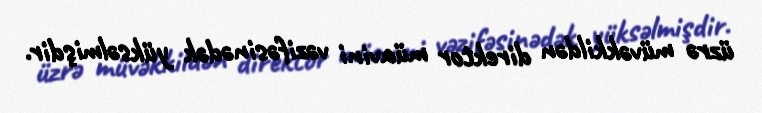
üzrə müvəkkildən direktor müavini vəzifəsinədək yüksəlmişdir.